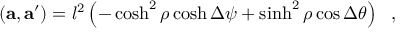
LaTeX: ( { \bf a } , { \bf a ^ { \prime } } ) = l ^ { 2 } \left( - \cosh ^ { 2 } \rho \cosh \Delta \psi + \sinh ^ { 2 } \rho \cos \Delta \theta \right) ~ ~ ,